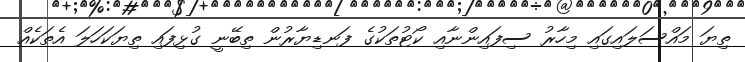
ތިޔަ މައްސަލައިގައި މިހާރު ސިފައިންނާއި ކޯޓުތަކުގެ ފަނޑިޔާރުން ތިބޭނީ ގުޅިފައި ތިޔަކަހަލަ އެތަކެއް